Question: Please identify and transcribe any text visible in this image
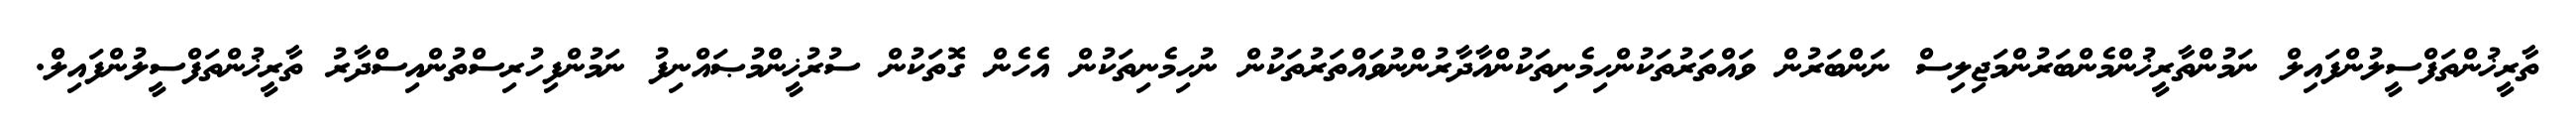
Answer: ތާރީޚުންތަފްސީލުންފައިލް ނަމުންތާރީޚުންމެންބަރުންމަޖިލިސް ނަންބަރުން ވައްތަރުތަކުންހިމެނިތަކުންއާދާރުންނުވައްތަރުތަކުން ނުހިމެނިތަކުން އެހެން ގޮތަކުން ސުރުޚީންމުޞައްނިފު ނަމުންފިހުރިސްތުންއިސްދާރު ތާރީޚުންތަފްސީލުންފައިލް.